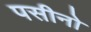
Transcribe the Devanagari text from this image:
पसीनो